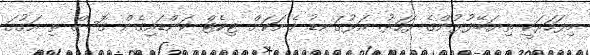
މިފަހަރަކީ ތިޔަބޭފުޅުންގެ ފަހަރު. އަޅުގަނޑު މެނަކަށް ޓިކެޓް ކަންޑައިގެން ގޮސް ތި އަގުގަ